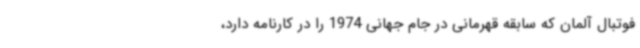
فوتبال آلمان که سابقه قهرمانی در جام جهانی 1974 را در کارنامه دارد،